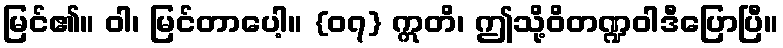
မြင်၏။ ဝါ၊ မြင်တာပေါ့။ {၀၇} ဣတိ၊ ဤသို့ဝိတဏ္ဍဝါဒီပြောပြီ။